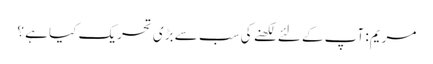
مریم: آپ کے لئے لکھنے کی سب سے بڑی تحریک کیا ہے ؟